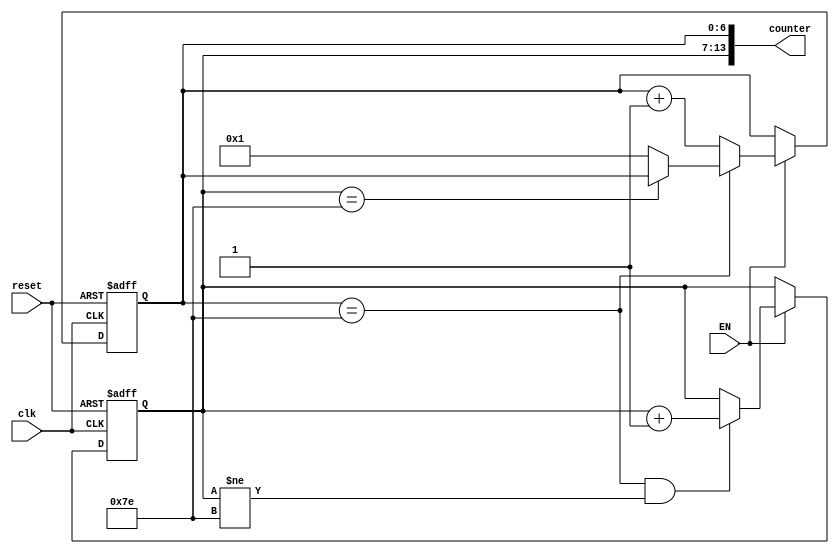
module Counter(
	input						reset,
	input						clk,
	input						EN,
	output		wire	[13:0]	counter);
	reg					[6:0]	position_X;
	reg					[6:0]	position_Y;
	reg					[6:0]	next_position_X;
	reg					[6:0]	next_position_Y;
//====================================================================
	assign counter={position_Y,position_X};

	always@(posedge clk or posedge reset)begin
		if(reset)begin
			position_X<=7'd1;
		end else if(EN)begin
			position_X<=next_position_X;
		end
	end

	always@(posedge clk or posedge reset)begin
		if(reset)begin
			position_Y<=7'd1;
		end else if(EN)begin
			position_Y<=next_position_Y;
		end
	end

	always@(*)begin
		if(position_X==7'd126)begin
			if(position_Y==7'd126)begin
				next_position_X=position_X;
			end else begin
				next_position_X=7'd1;
			end
		end else begin
			next_position_X=position_X+7'd1;
		end
	end

	always@(*)begin
		if((position_X==7'd126)&&(position_Y!=7'd126))begin
			next_position_Y=position_Y+7'd1;
		end else begin
			next_position_Y=position_Y;
		end
	end

endmodule